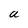
Character: a